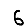
Digit: 6